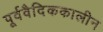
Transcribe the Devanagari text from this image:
पूर्ववैदिककालीन